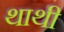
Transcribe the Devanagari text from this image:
थाथी